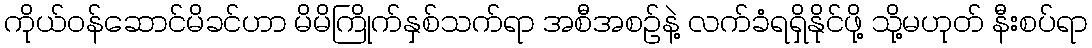
ကိုယ်ဝန်ဆောင်မိခင်ဟာ မိမိကြိုက်နှစ်သက်ရာ အစီအစဉ်နဲ့ လက်ခံရရှိနိုင်ဖို့ သို့မဟုတ် နီးစပ်ရာ